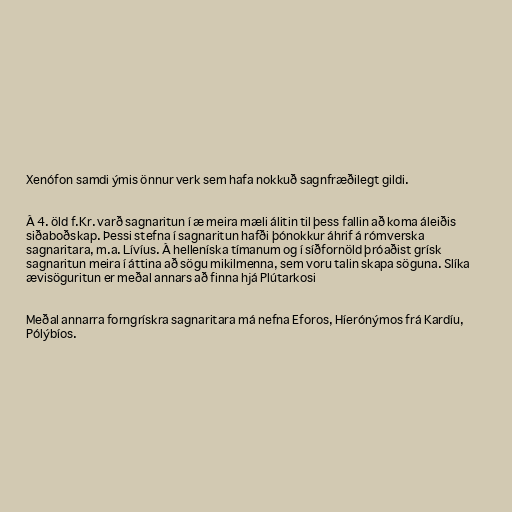
Xenófon samdi ýmis önnur verk sem hafa nokkuð sagnfræðilegt gildi.

Á 4. öld f.Kr. varð sagnaritun í æ meira mæli álitin til þess fallin að koma áleiðis
siðaboðskap. Þessi stefna í sagnaritun hafði þónokkur áhrif á rómverska
sagnaritara, m.a. Lívíus. Á helleníska tímanum og í síðfornöld þróaðist grísk
sagnaritun meira í áttina að sögu mikilmenna, sem voru talin skapa söguna. Slíka
ævisöguritun er meðal annars að finna hjá Plútarkosi

Meðal annarra forngrískra sagnaritara má nefna Eforos, Híerónýmos frá Kardíu,
Pólýbíos.